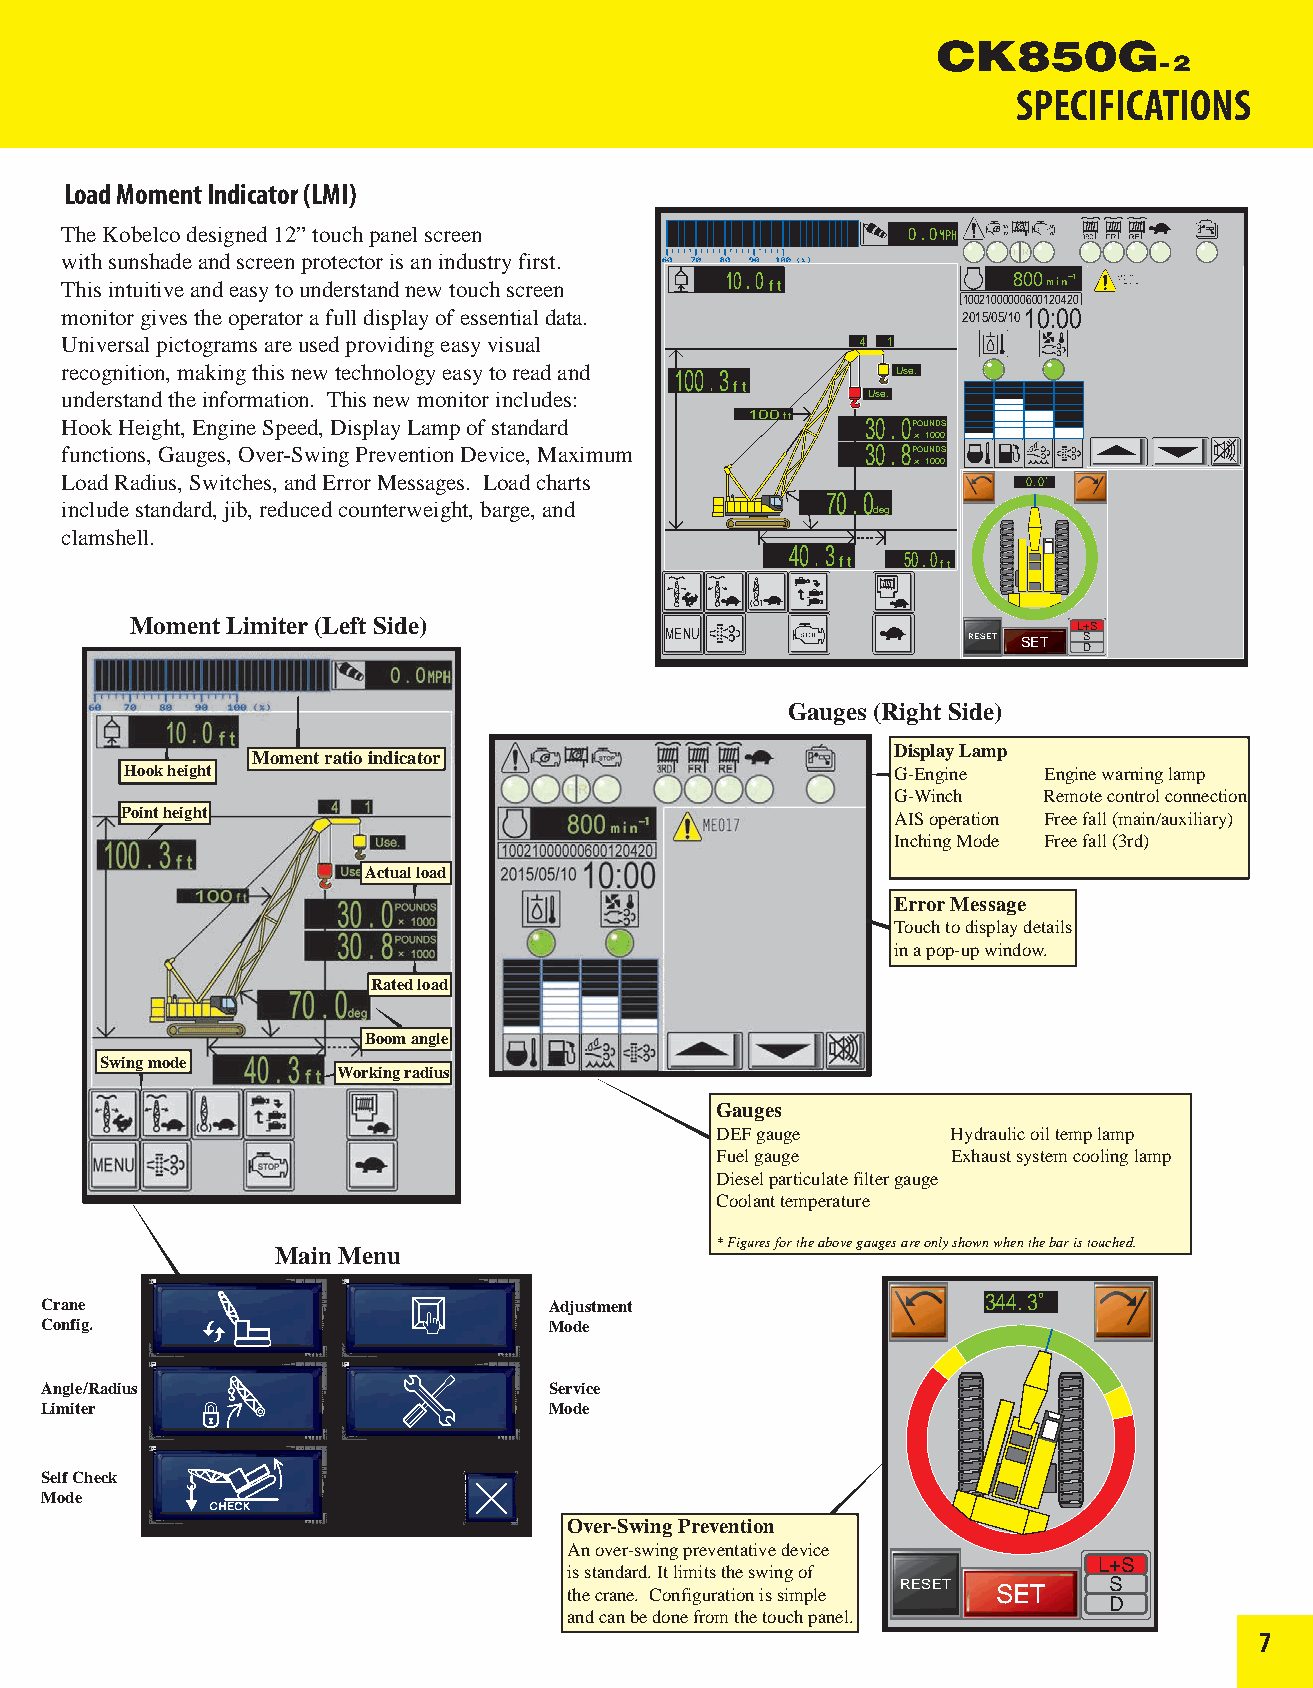
SPECIFICATIONS
 Load Moment Indicator (LMI)
 The Kobelco designed 12” touch panel screen             0 . 0
 with sunshade and screen protector is an industry first.
 10 . 0             800
 This intuitive and easy to understand new touch screen f t
 10021000000600120420
 monitor gives the operator a full display of essential data. 2015/05/1010:00
 Universal pictograms are used providing easy visual  4 1
 recognition, making this new technology easy to read and 100 . 3 Use.
 f t
 understand the information. This new monitor includes: Use.
 100f t
 Hook Height, Engine Speed, Display Lamp of standard  30 . 0POUNDS
 × 1000
 functions, Gauges, Over-Swing Prevention Device, Maximum 30 . 8POUNDS
 × 1000
 Load Radius, Switches, and Error Messages. Load charts          0 . 0
 70 . 0
 include standard, jib, reduced counterweight, barge, and deg
 clamshell.
 40 . 3
 f t 50 . 0 f t
 Moment Limiter (Left Side)                                    L+S
 RESET SET S
 D
 Gauges (Right Side)
 Display Lamp
 Moment ratio indicator
 Hook height                                        G-Engine  Engine warning lamp
 G-Winch   Remote control connection
 Point height                                       AIS operation Free fall (main/auxiliary)
 Inching Mode Free fall (3rd)
 Actual load
 Error Message
 Touch to display details
 in a pop-up window.
 Rated load
 Boom angle
 Swing mode
 Working radius
 Gauges
 DEF gauge       Hydraulic oil temp lamp
 Fuel gauge      Exhaust system cooling lamp
 Diesel particulate filter gauge
 Coolant temperature
 * Figures for the above gauges are only shown when the bar is touched.
 Main Menu
 Crane                            Adjustment                   344. 3
 Config.                          Mode
 Angle/Radius                     Service
 Limiter                          Mode
 Self Check
 Mode
 Over-Swing Prevention
 An over-swing preventative device
 L+S
 is standard. It limits the swing of
 RESET        S
 the crane. Configuration is simple SET
 D
 and can be done from the touch panel.
 7